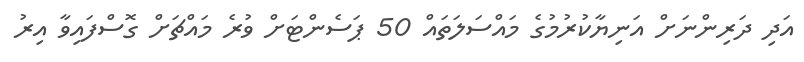
އަދި ދަރިންނަށް އަނިޔާކުރުމުގެ މައްސަލަތައް 50 ޕަސެންޓަށް ވުރެ މައްޗަށް ގޮސްފައިވާ އިރު